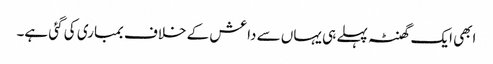
ابھی ایک گھنٹہ پہلے ہی یہاں سے داعش کے خلاف بمباری کی گئی ہے۔